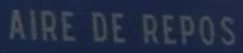
AIRE DE REPOS